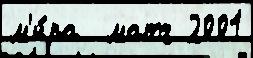
м'и́ра  матч 2001